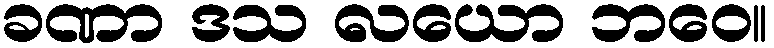
ခဏာ ဒသ လယော ဘဝေ။